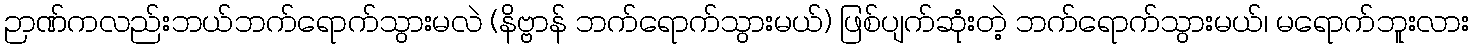
ဉာဏ်ကလည်းဘယ်ဘက်ရောက်သွားမလဲ (နိဗ္ဗာန် ဘက်ရောက်သွားမယ်) ဖြစ်ပျက်ဆုံးတဲ့ ဘက်ရောက်သွားမယ်၊ မရောက်ဘူးလား